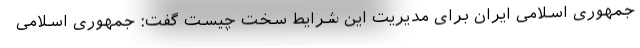
جمهوری اسلامی ایران برای مدیریت این شرایط سخت چیست گفت: جمهوری اسلامی